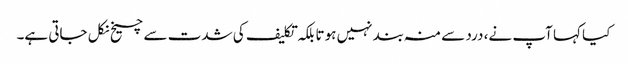
کیا کہا آپ نے، درد سے منہ بند نہیں ہوتا بلکہ تکلیف کی شدت سے چیخ نکل جاتی ہے۔